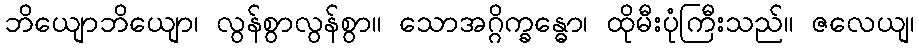
ဘိယျောဘိယျော၊ လွန်စွာလွန်စွာ။ သောအဂ္ဂိက္ခန္ဓော၊ ထိုမီးပုံကြီးသည်။ ဇလေယျ၊